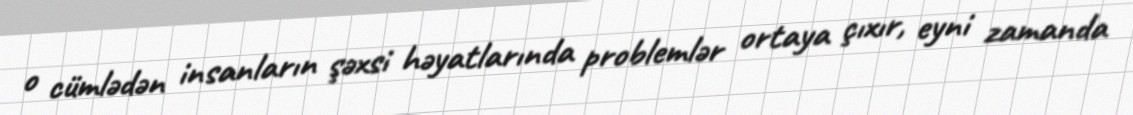
o cümlədən insanların şəxsi həyatlarında problemlər ortaya çıxır, eyni zamanda